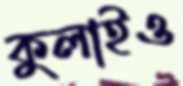
কুলাইও